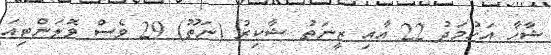
ޝާހާ އަހުމަދު 22 އާއި ޒީނަތު ޝާކިރު (ނަތޫ) 29 ވެސް ވޮލަންޓިއަ